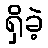
ရှိခဲ့